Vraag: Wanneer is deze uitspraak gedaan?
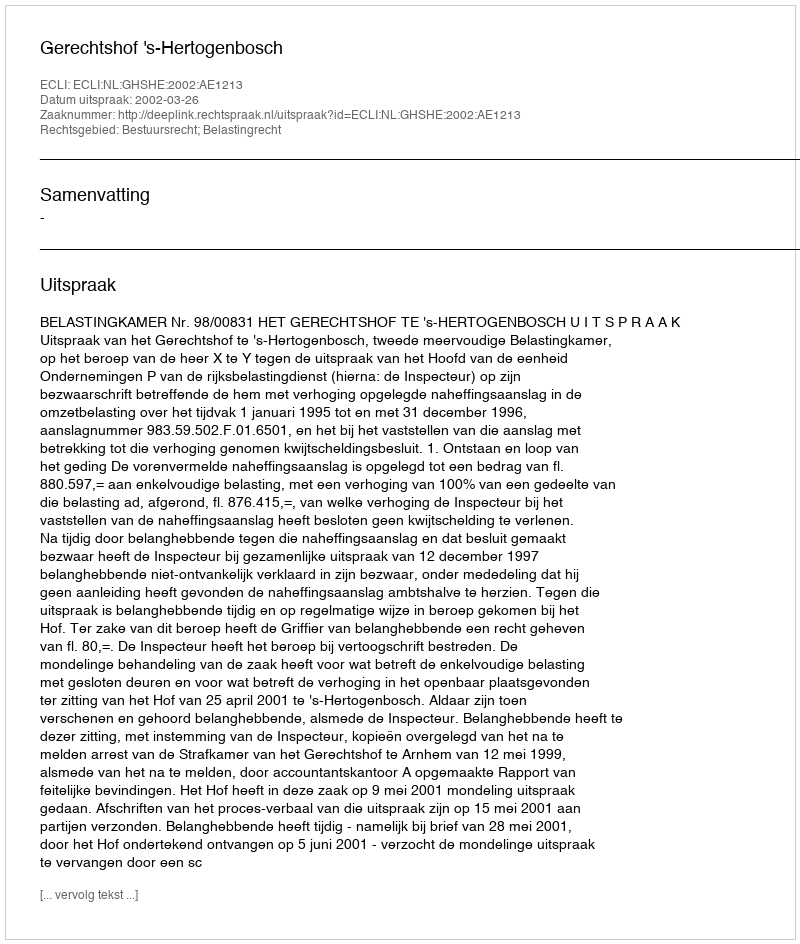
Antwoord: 2002-03-26